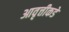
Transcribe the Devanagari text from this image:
आवृत्तीकडे